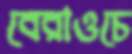
বেরাওচে